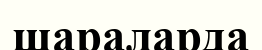
шараларда